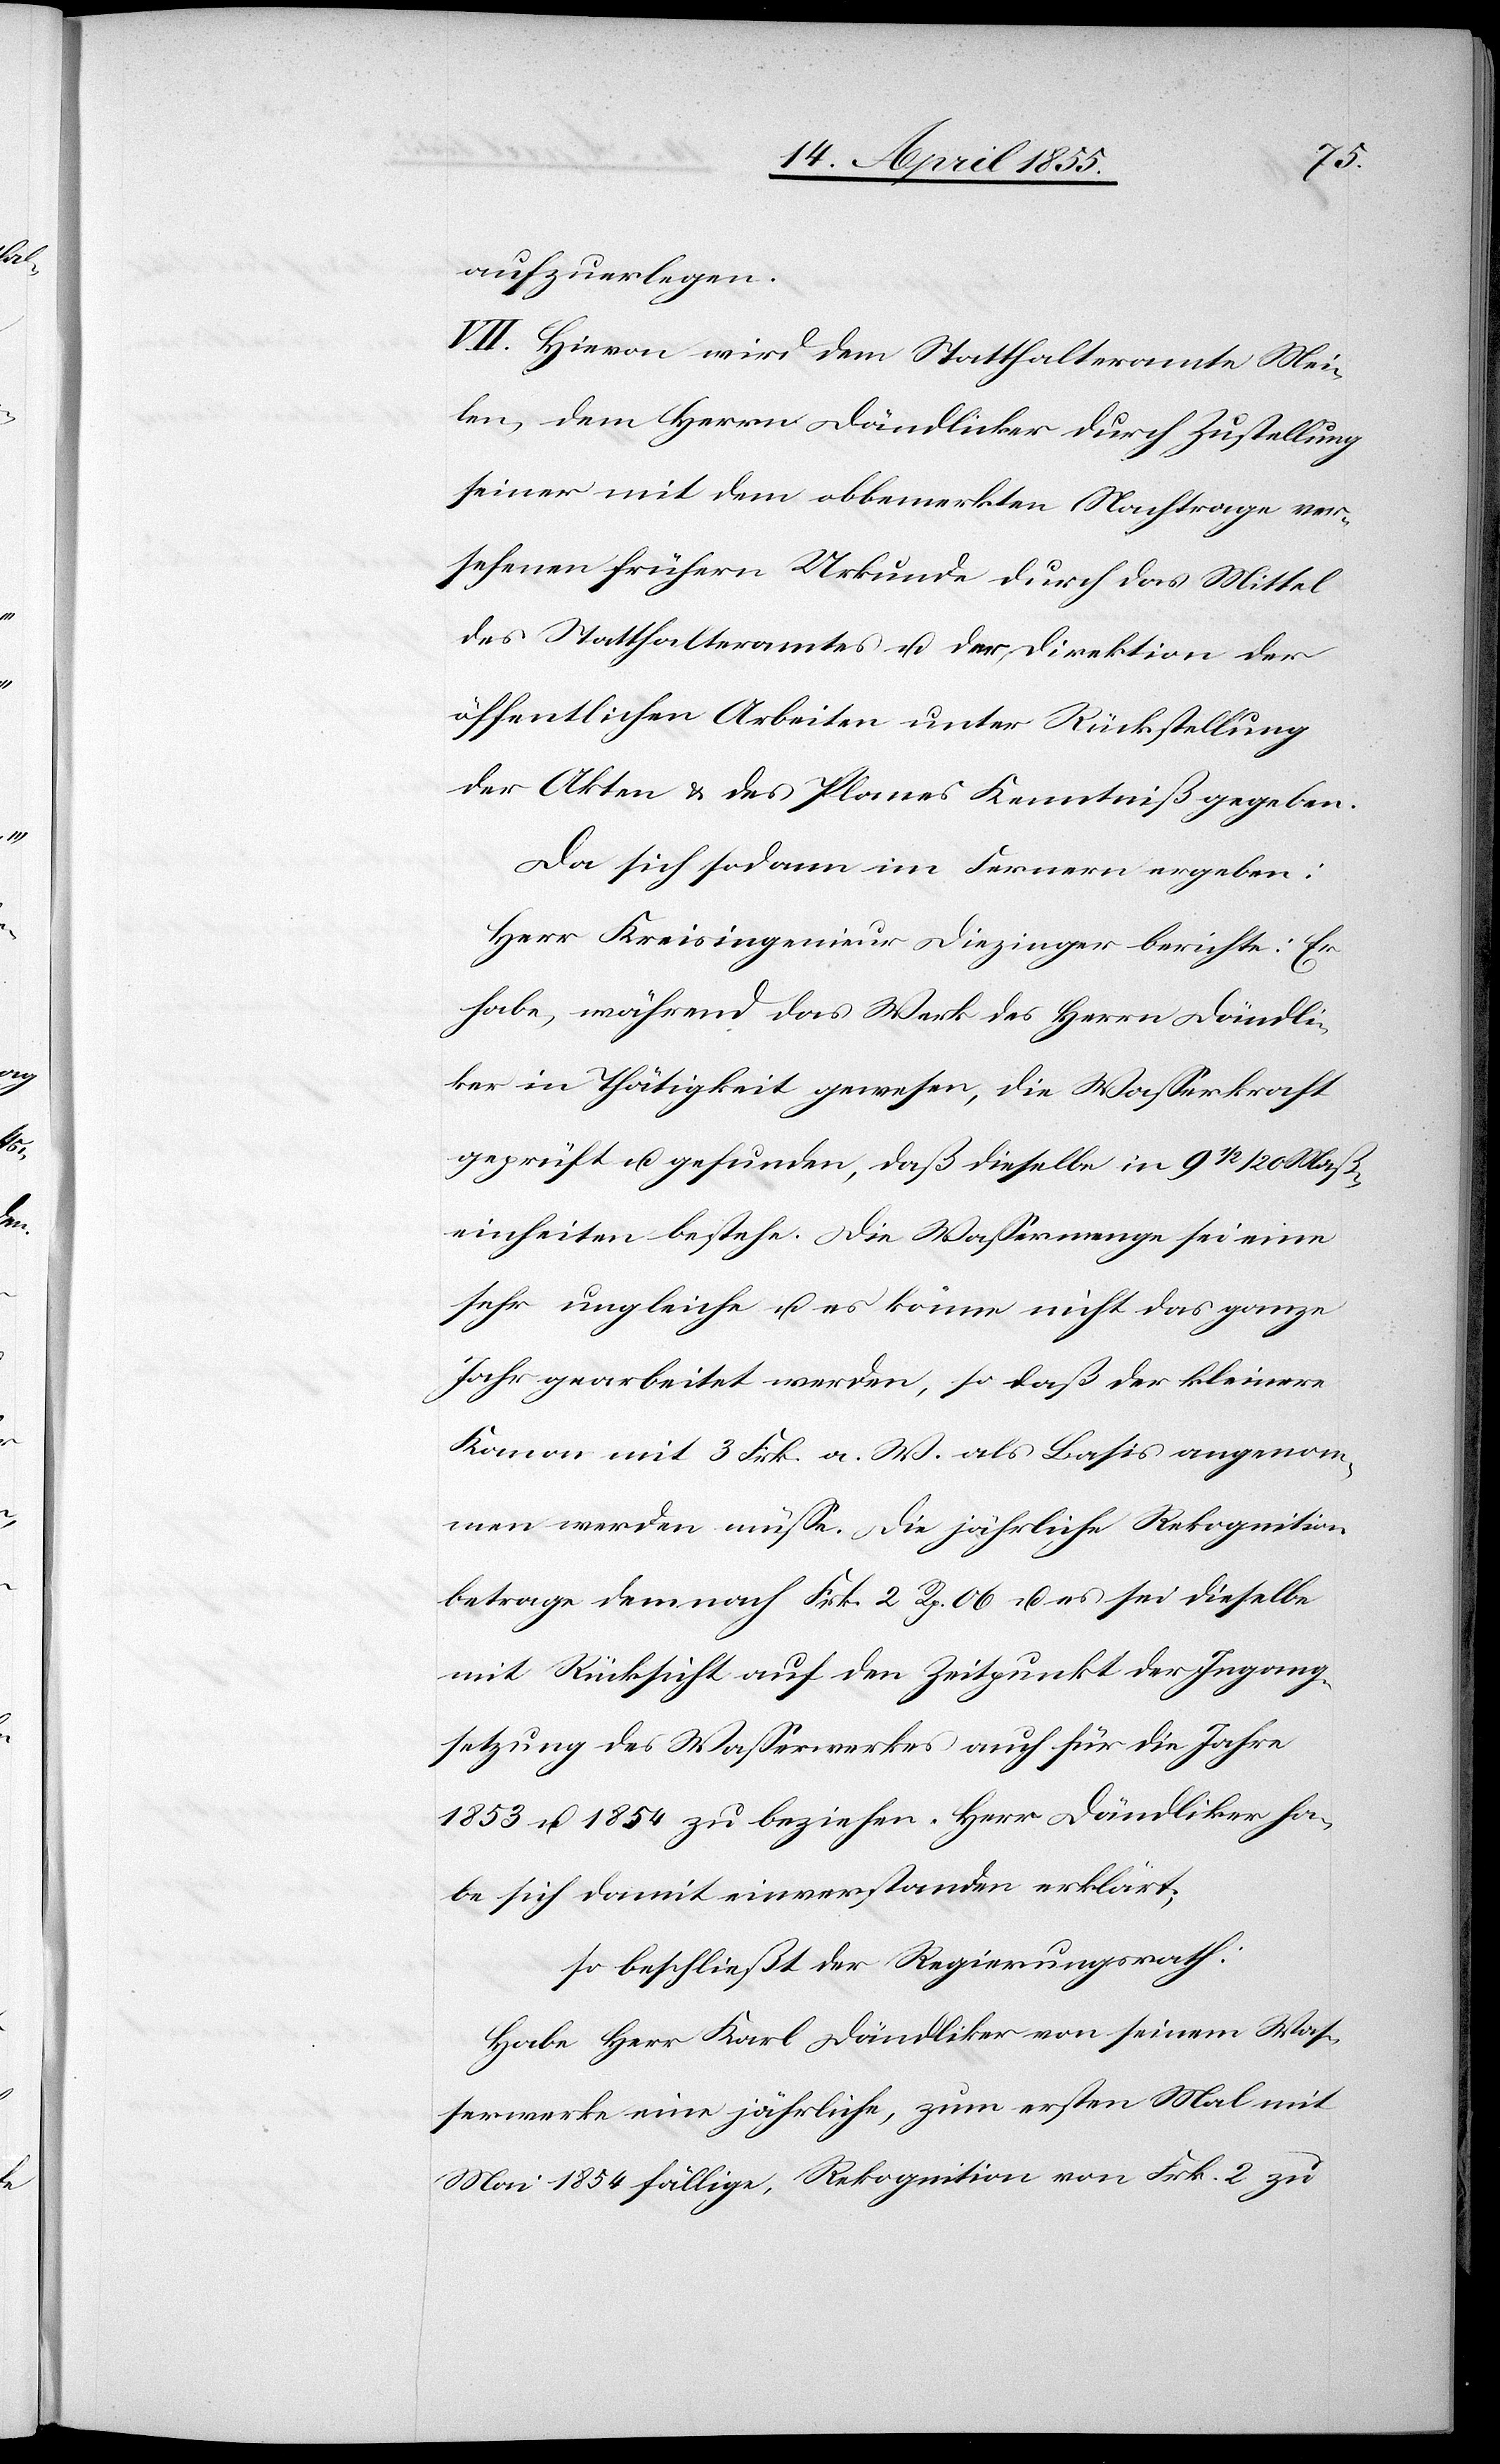
aufzuerlegen.
VII. Hievon wird dem Statthalteramte Mei¬
len, dem Herrn Dändlicker [sic!] durch Zustellung
seiner mit dem obbemerkten Nachtrage ver¬
sehenen frühern Urkunde durch das Mittel
des Statthalteramtes u. der Direktion der
öffentlichen Arbeiten unter Rückstellung
der Akten & des Planes Kenntniß gegeben.
Da sich sodann im Fernern ergeben:
Herr Kreisingenieur Diezinger berichte: Er
habe, während das Werk des Herrn Dändli¬
ker in Thätigkeit gewesen, die Wasserkraft
geprüft u. gefunden, daß dieselbe in 9 1/2 / 20 Maß¬
einheiten bestehe. Die Wassermenge sei eine
sehr ungleiche u. es könne nicht das ganze
Jahr gearbeitet werden, so daß der kleinere
Kanon mit 3 Frk. a. W. als Basis angenom¬
men werden müsse. Die jährliche Rekognition
betrage demnach Frk. 2 Rp. 06 u. es sei dieselbe
mit Rücksicht auf den Zeitpunkt der Ingang¬
setzung des Wasserwerkes auch für die Jahre
1853 u. 1854 zu beziehen. Herr Dändliker ha¬
be sich damit einverstanden erklärt;
so beschließt der Regierungsrath:
Habe Herr Karl Dändliker von seinem Was¬
serwerke eine jährliche, zum ersten Mal mit
Mai 1854 fällige, Rekognition von Frk. 2 zu